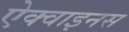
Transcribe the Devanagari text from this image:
ऐक्वाइनस